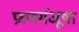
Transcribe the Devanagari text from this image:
प्रश्णमंजूषा